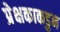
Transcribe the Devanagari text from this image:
प्रेक्षकाकडुन